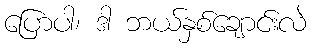
ပြောပါ၊ ဒါ ဘယ်နှစ်ချောင်းလဲ